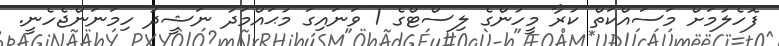
ފޮހެލުމަށް މަސައްކަތް ކުރާ މީހުންގެ ލިސްޓްގެ 1 ވަނައިގަ މުޙައްމަދު ނަޝީދު ހިމަނަންޖެހެނީ.